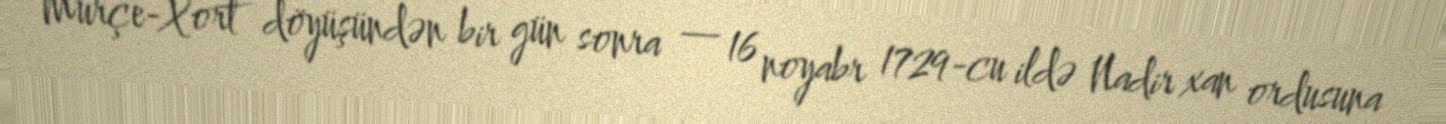
Murçe-Xort döyüşündən bir gün sonra — 16 noyabr 1729-cu ildə Nadir xan ordusuna